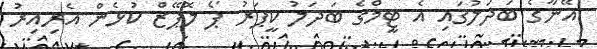
އޭނާގެ ބަދަލުގައި އެ ޓީމްގެ ބަދަލު ކީޕަރު ޕޯ ލޮޕޭޒް ކުޅެން އެރިއިރު